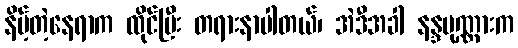
နိမ့်တဲ့နေရာက ထိုင်ပြီး တရားနာပါတယ်၊ အဲဒီအခါ နန္ဒပုဏ္ဏားက